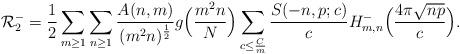
LaTeX: \begin{align*}\mathcal{R}_2^- = \frac{1}{2} \sum_{m \geq 1} \sum_{n \geq 1} \frac{A(n, m)}{(m^2 n)^{\frac{1}{2}}} g\Bigl( \frac{m^2 n}{N} \Bigr) \sum_{c \leq \frac{C}{m}} \frac{S(-n, p; c)}{c} H_{m, n}^- \Bigl ( \frac{4 \pi \sqrt{n p}}{c} \Bigr ).\end{align*}